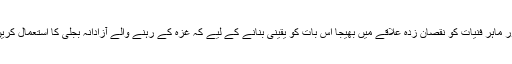
اور ماہر فنیات کو نقصان زدہ علاقے میں بھیجا اس بات کو یقینی بنانے کے لیے کہ غزہ کے رہنے والے آزادانہ بجلی کا استعمال کریں۔